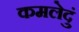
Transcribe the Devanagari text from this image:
कमलेदुं